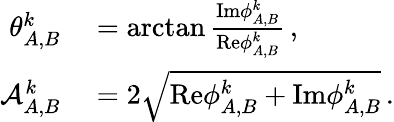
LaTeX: \begin{array}{rl}{\theta_{A,B}^{k}}&{{}=\arctan\frac{\mathrm{Im}{\phi}_{A,B}^{k}}{\mathrm{Re}{\phi}_{A,B}^{k}}\, ,}\\ {\mathcal{A}_{A,B}^{k}}&{{}=2\sqrt{\mathrm{Re}{\phi}_{A,B}^{k}+\mathrm{Im}{\phi}_{A,B}^{k}}\, .}\end{array}